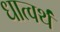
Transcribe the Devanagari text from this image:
धात्वर्थं